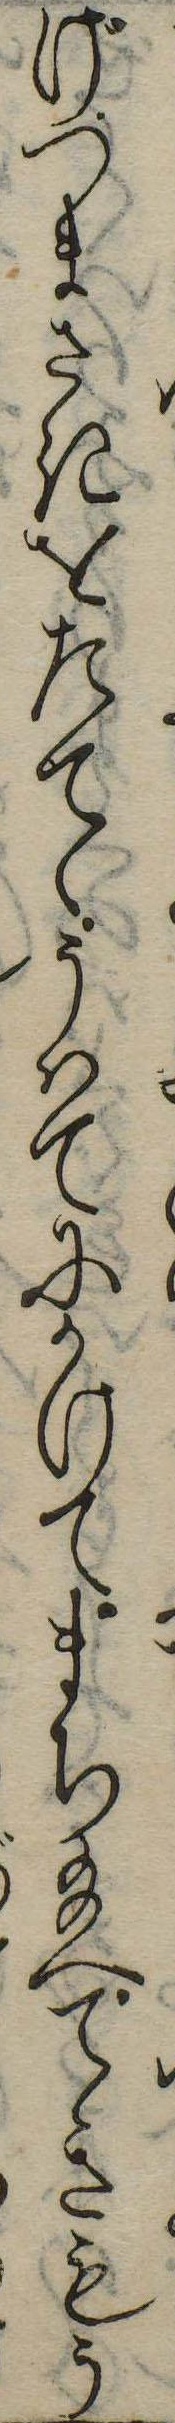
げつまさきをたてゝうはてにかけてまち給へてきもう